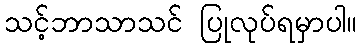
သင့်ဘာသာသင် ပြုလုပ်ရမှာပါ။